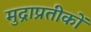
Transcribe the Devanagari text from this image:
मुद्राप्रतीकों